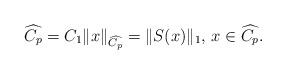
LaTeX: \begin{align*}\widehat{C_p}=C_1 \|x\|_{\widehat{C_p}}=\|S(x)\|_1, \, x\in \widehat{C_p}.\end{align*}